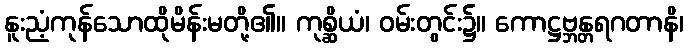
နူးညံ့ကုန်သောထိုမိန်းမတို့၏။ ကုစ္ဆိယံ၊ ဝမ်းတွင်း၌။ ကောဋ္ဌဗ္ဘန္တရဂတာနိ၊